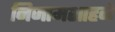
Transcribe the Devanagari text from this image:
निजामशाहने